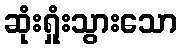
ဆုံးရှုံးသွားသော